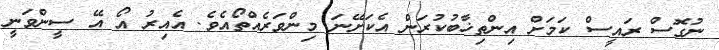
ނުގޮސް ރައީސް ކަމަށް އިންތިޚާބުކުރަން އެކަށޭނަ މިންވަރެއްތޯއެވެ. އެއިރު އޯ އޭ ސީންވަނީ